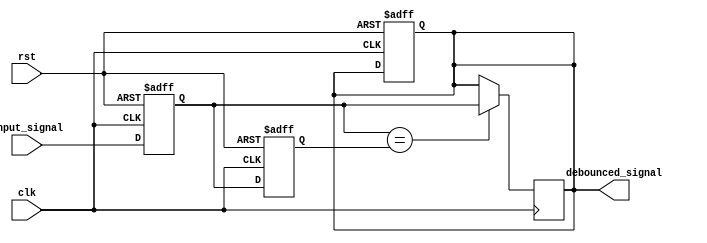
module debounce_circuit (
    input wire clk,
    input wire rst,
    input wire input_signal,
    output reg debounced_signal
);

reg current_state, previous_state;

always @(posedge clk or posedge rst) begin
    if (rst) begin
        current_state <= 1'b0;
        previous_state <= 1'b0;
        debounced_signal <= 1'b0;
    end else begin
        current_state <= input_signal;
        previous_state <= current_state;
    end
end

always @(posedge clk) begin
    if (current_state == previous_state) begin
        debounced_signal <= current_state;
    end
end

endmodule